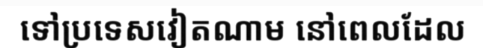
ទៅប្រទេសវៀតណាម នៅពេលដែល